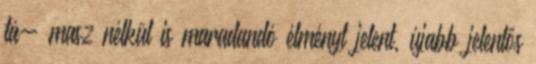
tá- masz nélkül is maradandó élményt jelent, újabb jelentős